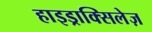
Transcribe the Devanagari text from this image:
हाइड्राक्सिलेज़